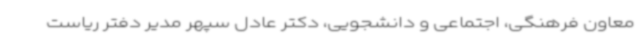
معاون فرهنگی، اجتماعی و دانشجویی‌، دکتر عادل سپهر مدیر دفتر ریاست